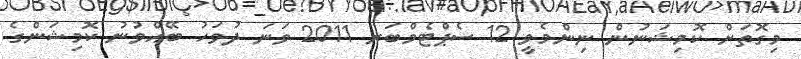
މިގޮތަށް ކޮމިޝަނުން ނިންމެވީ 12 ސެޕްޓެމްބަރ 2011 ވަނަ ދުވަހު ބޭއްވުނު ކޮމިޝަންގެ